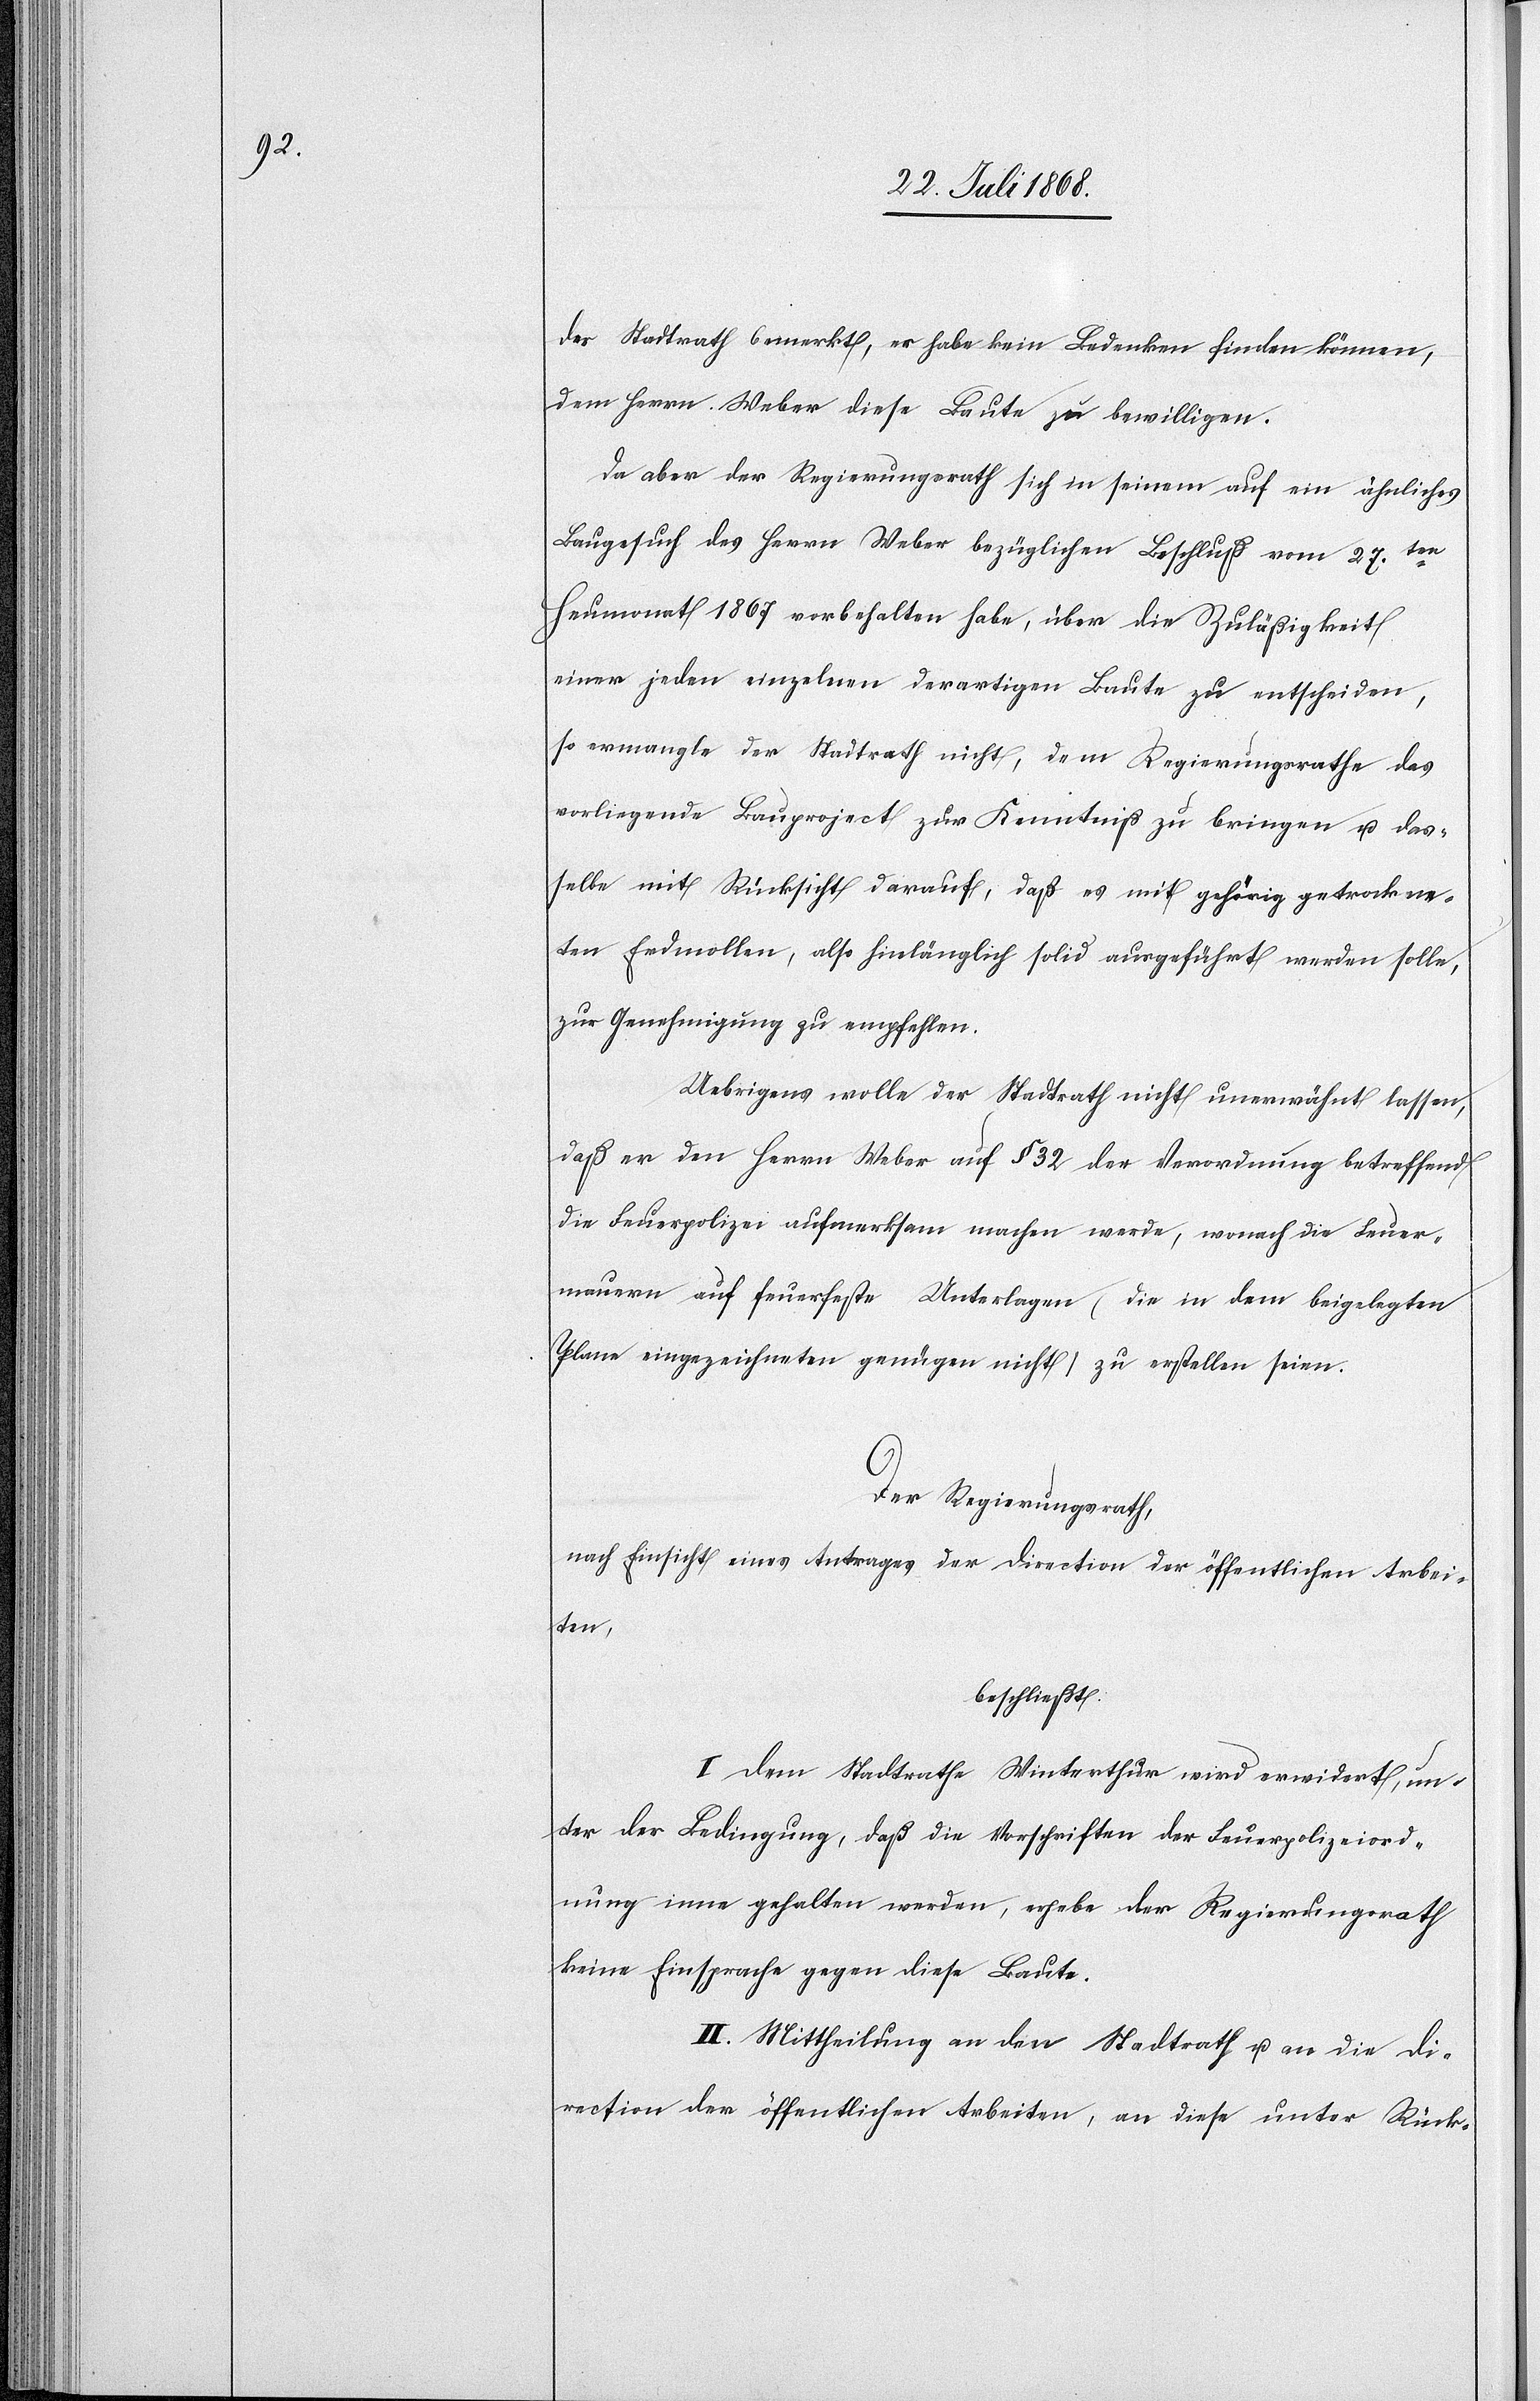
Der Stadtrath bemerkt, er habe kein Bedenken finden können,
dem Herrn Weber diese Baute zu bewilligen.
Da aber der Regierungsrath sich in seinem auf ein ähnliches
Baugesuch des Herrn Weber bezüglichen Beschluß vom 27ten.
Heumonat 1867 vorbehalten habe, über die Zuläßigkeit
einer jeden einzelnen derartigen Baute zu entscheiden,
so ermangle der Stadtrath nicht, dem Regierungsrathe das
vorliegende Bauprojekt zur Kenntniß zu bringen u. das¬
selbe mit Rücksicht darauf, daß es mit gehörig getrockne¬
ten Erdmollen, also hinlänglich solid ausgeführt werden solle,
zur Genehmigung zu empfehlen.
Uebrigens wolle der Stadtrath nicht unerwähnt lassen,
daß er den Herrn Weber auf § 32 der Verordnung betreffend
die Feuerpolizei aufmerksam machen werde, wonach die Feuer¬
mauern auf feuerfeste Unterlagen (die in dem beigelegten
Plane eingezeichneten genügen nicht) zu erstellen seien.
Der Regierungsrath,
nach Einsicht eines Antrages der Direction der öffentlichen Arbei¬
ten,
beschließt:
I. Dem Stadtrathe Winterthur wird erwidert, un¬
ter der Bedingung, daß die Vorschriften der Feuerpolizeiord¬
nung inne gehalten werden, erhebe der Regierungsrath
keine Einsprache gegen diese Baute.
II. Mittheilung an den Stadtrath u. an die Di¬
rection der öffentlichen Arbeiten, an diese unter Rück-